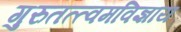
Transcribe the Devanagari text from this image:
गुरुतत्त्वमविज्ञाय